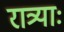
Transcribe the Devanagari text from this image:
रात्र्याः